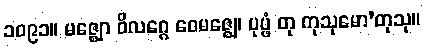
၁၀၉၁။ မဇ္ဈော ဝိလဂ္ဂေ ဝေမဇ္ဈေ၊ ပုပ္ဖံ တု ကုသုမော’တုသု။